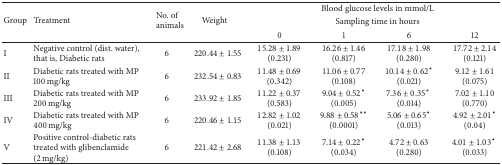
<table><thead><tr><td rowspan="3"><b>Group</b></td><td rowspan="3"><b>Treatment</b></td><td rowspan="3"><b>No. of animals</b></td><td rowspan="3"><b>Weight</b></td><td colspan="4"><b>Blood glucose levels in mmol/L</b></td></tr><tr><td colspan="4"><b>Sampling time in hours</b></td></tr><tr><td><b>0</b></td><td><b>1</b></td><td><b>6</b></td><td><b>12</b></td></tr></thead><tbody><tr><td>I</td><td>Negative control (dist. water), that is, Diabetic rats</td><td>6</td><td>220.44 ± 1.55</td><td>15.28 ± 1.89 (0.231)</td><td>16.26 ± 1.46 (0.817)</td><td>17.18 ± 1.98 (0.280)</td><td>17.72 ± 2.14 (0.121)</td></tr><tr><td>II</td><td>Diabetic rats treated with MP 100 mg/kg</td><td>6</td><td>232.54 ± 0.83</td><td>11.48 ± 0.69 (0.342)</td><td>11.06 ± 0.77 (0.108)</td><td>10.14 ± 0.62* (0.021)</td><td>9.12 ± 1.61 (0.075)</td></tr><tr><td>III</td><td>Diabetic rats treated with MP 200 mg/kg</td><td>6</td><td>233.92 ± 1.85</td><td>11.22 ± 0.37 (0.583)</td><td>9.04 ± 0.52* (0.005)</td><td>7.36 ± 0.35* (0.014)</td><td>7.02 ± 1.10 (0.770)</td></tr><tr><td>IV</td><td>Diabetic rats treated with MP 400 mg/kg</td><td>6</td><td>220.46 ± 1.15</td><td>12.82 ± 1.02 (0.021)</td><td>9.88 ± 0.58** (0.0001)</td><td>5.06 ± 0.65* (0.013)</td><td>4.92 ± 2.01* (0.04)</td></tr><tr><td>V</td><td>Positive control-diabetic rats treated with glibenclamide (2 mg/kg)</td><td>6</td><td>221.42 ± 2.68</td><td>11.38 ± 1.13 (0.108)</td><td>7.14 ± 0.22* (0.034)</td><td>4.72 ± 0.63 (0.280)</td><td>4.01 ± 1.03* (0.033)</td></tr></tbody></table>